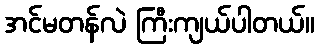
အင်မတန်လဲ ကြီးကျယ်ပါတယ်။